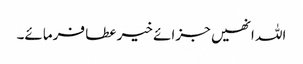
اللہ انھیں جزائے خیر عطا فرمائے۔